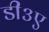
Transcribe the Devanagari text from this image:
डी३ए